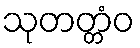
သုတတ္တံဝ